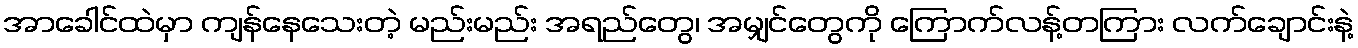
အာခေါင်ထဲမှာ ကျန်နေသေးတဲ့ မည်းမည်း အရည်တွေ၊ အမျှင်တွေကို ကြောက်လန့်တကြား လက်ချောင်းနဲ့